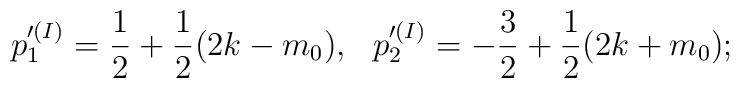
p'^{(I)}_1=\frac{1}{2}+\frac{1}{2}(2k-m_0),~~p'^{(I)}_2=-\frac{3}{2}+\frac{1}{2}(2k+m_0);